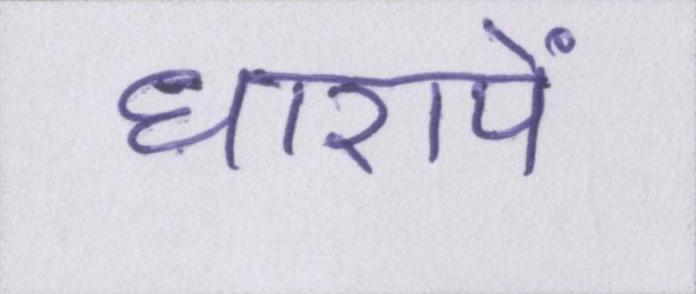
धारायें